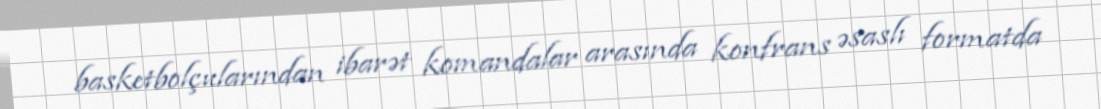
basketbolçularından ibarət komandalar arasında konfrans əsaslı formatda